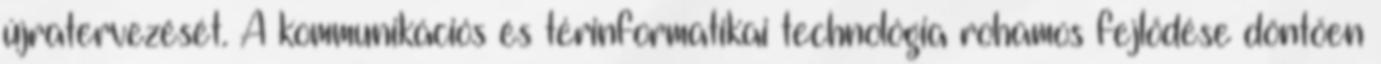
újratervezését. A kommunikációs és térinformatikai technológia rohamos fejlődése döntően